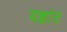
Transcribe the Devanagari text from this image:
यज्ञांत